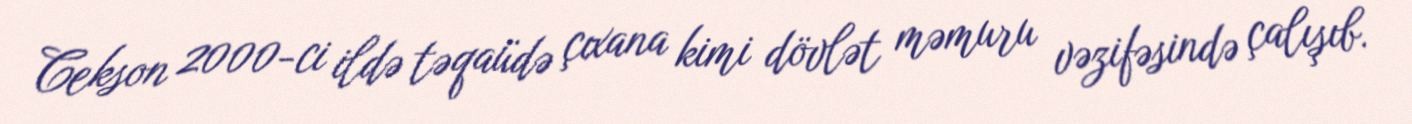
Cekson 2000-ci ildə təqaüdə çıxana kimi dövlət məmuru vəzifəsində çalışıb.